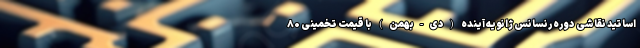
اساتید نقاشی دوره رنسانس ژانویه آینده (دی-بهمن) با قیمت تخمینی ۸۰